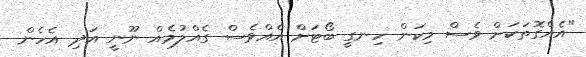
"އެއްގޮތަކަށް ވެސް މިކަން ހިނގީ ބޯޓަށް އެއްވެސް ގެއްލުމެއް ނޫނީ އަދި އެހެން